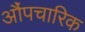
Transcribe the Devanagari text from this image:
औंपचारिक